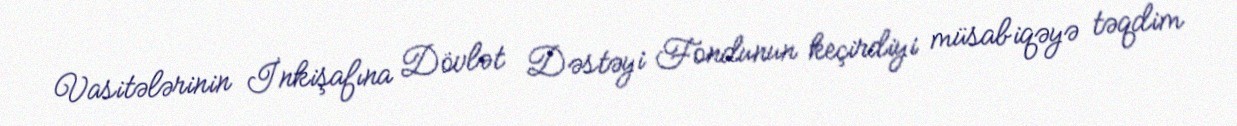
Vasitələrinin İnkişafına Dövlət Dəstəyi Fondunun keçirdiyi müsabiqəyə təqdim